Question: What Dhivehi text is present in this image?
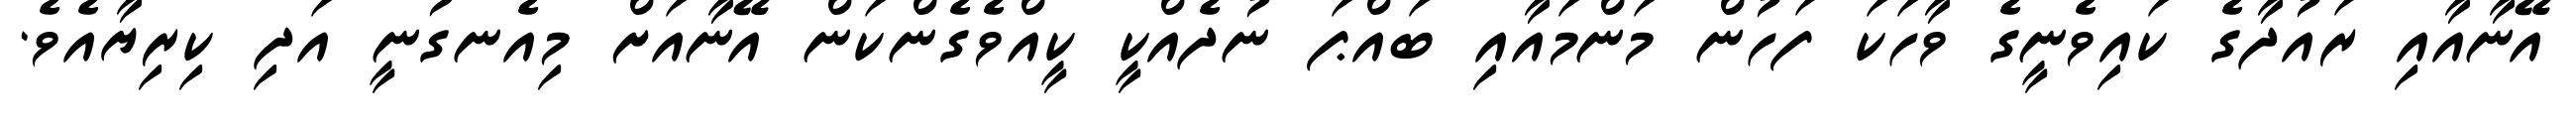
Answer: އޭނާއާއި ރައުދާގެ ކައިވެނީގެ ވާހަކަ ފަހުން މަންމައާއި ބައްޕަ ނުދެއްކީ ކީއްވެގެންކަން އޭނާއަށް މިއެނގުނީ އަދި ކިރިޔާއެވެ.